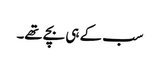
سب کے ہی بچے تھے۔